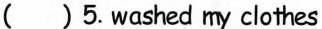
( ) 5.washed my clothes